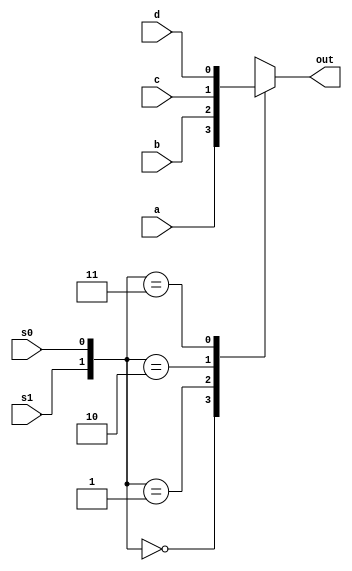
//This is for the 4:1 mux module.

module four_to_one_mux_behavioral_module (a, b, c, d, s0, s1, out);
	input a, b, c, d;
	input s0, s1;	
	output out;
	reg out;
	
	always@(a or b or c or d or s0 or s1)
	begin
		case({s1, s0})
			2'b00 : out = a;
			2'b01 : out = b;
			2'b10 : out = c;
			2'b11 : out = d;
		endcase
	end

endmodule